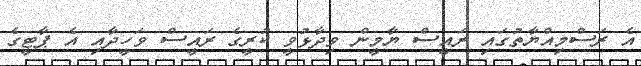
އެ ރަސްމިއްޔާތުގައި ރައީސް ޔާމީން ވިދާޅުވީ ކުރީގެ ރައީސް ވަހީދާއި އެ ޕާޓީގެ